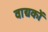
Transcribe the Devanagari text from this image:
वाद्यकों